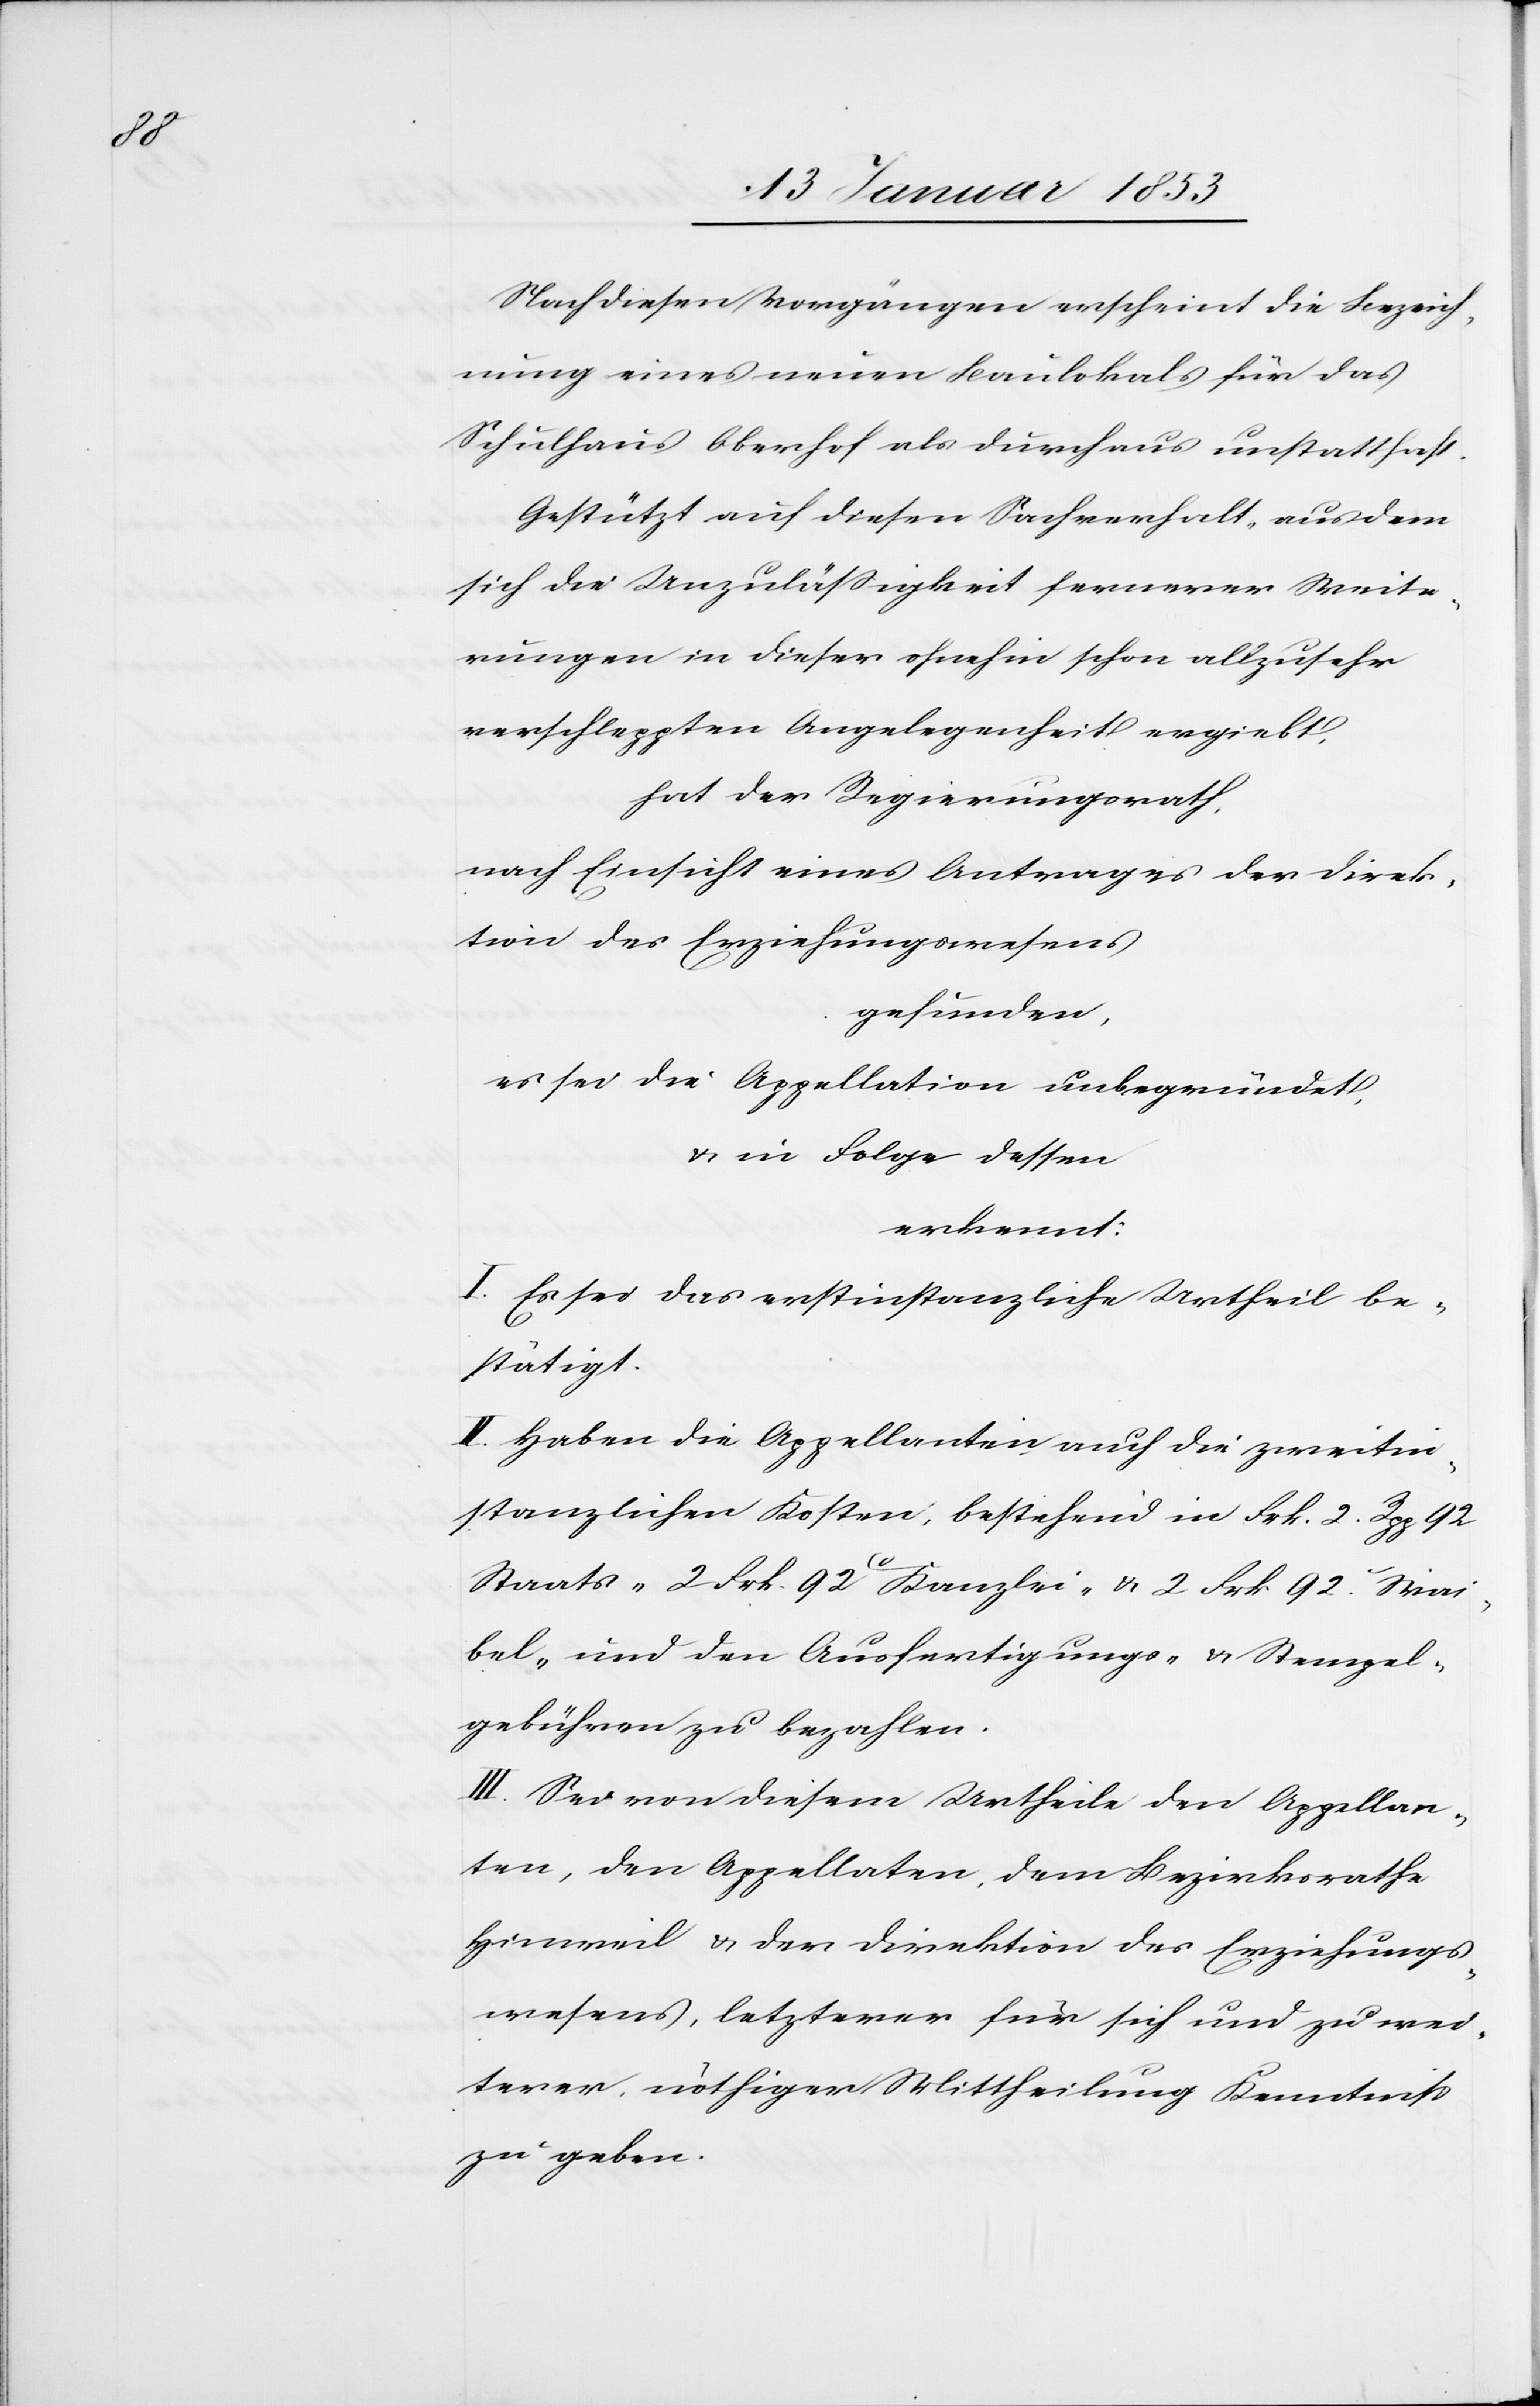
des

Nach diesen Vorgängen erscheint die Bezeich¬
nung eines neuen Baulokals für das
Schulhaus Oberhof als durchaus unstatthaft.
Gestützt auf diesen Sachverhalt aus dem
sich die Unzuläßigkeit fernerer Weite¬
rungen in dieser ohnehin schon allzusehr
verschleppten Angelegenheit ergiebt.
hat der Regierungsrath
nach Einsicht eines Antrages der Direk¬
gefunden,
es sei die Appellation unbegründet,
u. in Folge dessen
erkennt:
I. Es sei das erstinstanzliche Urtheil be¬
stätigt.
II. Haben die Appellanten auch die zweitin¬
stanzlichen Kosten, bestehend in Frk. 2 Rpp 92
Staats- 2 Frk 92 c Kanzlei- u. 2 Frk. 92. Wai¬
bel- und den Ausfertigungs- u. Stempel¬
gebühren zu bezahlen.
III. Sei von diesem Urtheile den Appellan¬
ten, den Appellaten, dem Bezirksrathe
Hinweil u. der Direktion des Erziehungs¬
wesens, letzterer für sich und zu wei¬
terer, nöthiger Mittheilung Kenntniß
zu geben.